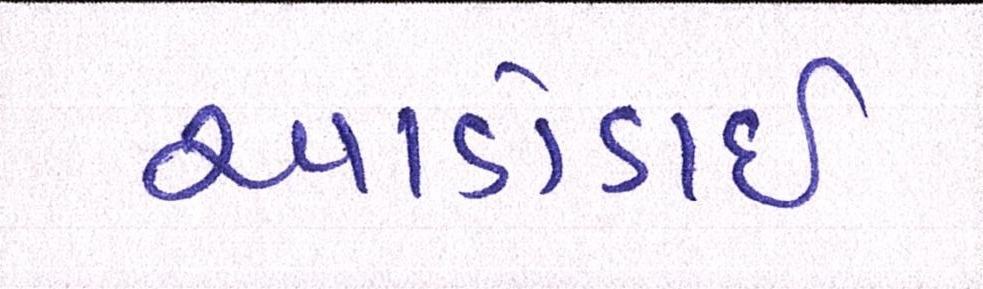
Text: આડોડાઈ